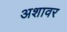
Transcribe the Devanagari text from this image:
अशावर